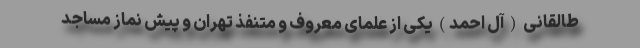
طالقانی ( آل احمد) یکی از علمای معروف و متنفذ تهران و پیش نماز مساجد